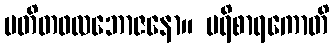
ပတိတဖလဘောဇနော။ ပရိစာရကောတိ